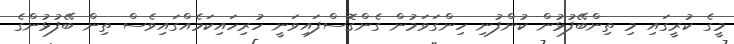
މީގެ ކުރީގައި މި ތިންބޭފުޅުން ކުންފުނި ހިންގަވަމުން ގެންގޮސްފައިވަނީ ހުރިހައިކަމެއްގައިވެސް ތިން ބޭފުޅުންގެ